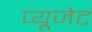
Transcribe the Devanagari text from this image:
प्यूजेट